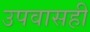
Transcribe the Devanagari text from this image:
उपवासही